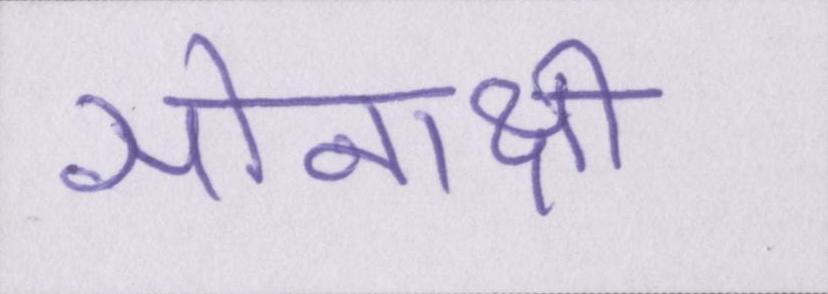
सोनाक्षी